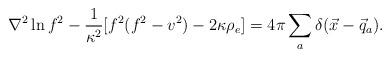
LaTeX: \begin{align*}\nabla^2 \ln f^2 - \frac{1}{\kappa^2} [ f^2(f^2-v^2) - 2\kappa\rho_e] = 4\pi \sum_a \delta(\vec{x}-\vec{q}_a) . \end{align*}